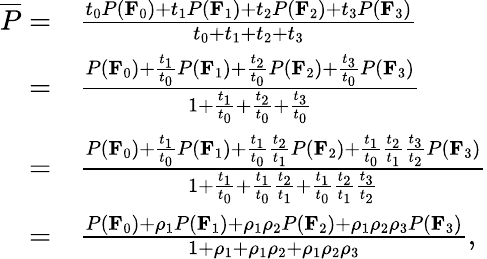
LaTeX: \begin{array}{rl}{\overline{{P}}=}&{\frac{t_{0}P(\mathbf{F}_{0})+t_{1}P(\mathbf{F}_{1})+t_{2}P(\mathbf{F}_{2})+t_{3}P(\mathbf{F}_{3})}{t_{0}+t_{1}+t_{2}+t_{3}}}\\ {=}&{\frac{P(\mathbf{F}_{0})+\frac{t_{1}}{t_{0}}P(\mathbf{F}_{1})+\frac{t_{2}}{t_{0}}P(\mathbf{F}_{2})+\frac{t_{3}}{t_{0}}P(\mathbf{F}_{3})}{1+\frac{t_{1}}{t_{0}}+\frac{t_{2}}{t_{0}}+\frac{t_{3}}{t_{0}}}}\\ {=}&{\frac{P(\mathbf{F}_{0})+\frac{t_{1}}{t_{0}}P(\mathbf{F}_{1})+\frac{t_{1}}{t_{0}}\frac{t_{2}}{t_{1}}P(\mathbf{F}_{2})+\frac{t_{1}}{t_{0}}\frac{t_{2}}{t_{1}}\frac{t_{3}}{t_{2}}P(\mathbf{F}_{3})}{1+\frac{t_{1}}{t_{0}}+\frac{t_{1}}{t_{0}}\frac{t_{2}}{t_{1}}+\frac{t_{1}}{t_{0}}\frac{t_{2}}{t_{1}}\frac{t_{3}}{t_{2}}}}\\ {=}&{\frac{P(\mathbf{F}_{0})+\rho_{1}P(\mathbf{F}_{1})+\rho_{1}\rho_{2}P(\mathbf{F}_{2})+\rho_{1}\rho_{2}\rho_{3}P(\mathbf{F}_{3})}{1+\rho_{1}+\rho_{1}\rho_{2}+\rho_{1}\rho_{2}\rho_{3}},}\end{array}